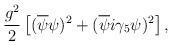
LaTeX: \begin{align*}{g^{2}\over2}\left[(\overline\psi\psi)^{2}+(\overline{\psi}i\gamma_{5}\psi)^{2}\right],\end{align*}